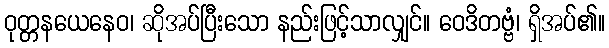
ဝုတ္တနယေနေဝ၊ ဆိုအပ်ပြီးသော နည်းဖြင့်သာလျှင်။ ဝေဒိတဗ္ဗံ၊ ရှိအပ်၏။